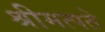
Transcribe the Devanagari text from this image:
श्रीमत्पते